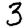
Digit: 3